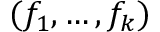
( f _ { 1 } , \dots , f _ { k } )